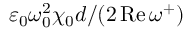
\varepsilon _ { 0 } \omega _ { 0 } ^ { 2 } \chi _ { 0 } d / ( 2 \operatorname { R e } \omega ^ { + } )